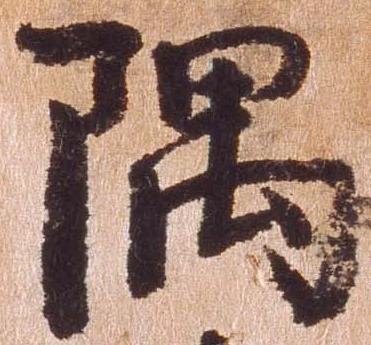
隅